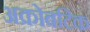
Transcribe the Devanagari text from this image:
अक्रोबटिक